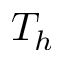
T _ { h }